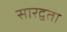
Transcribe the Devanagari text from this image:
सारद्वता